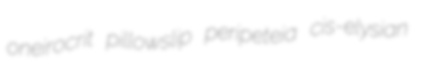
oneirocrit pillowslip peripeteia cis-elysian